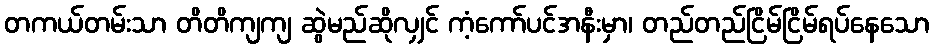
တကယ်တမ်းသာ တိတိကျကျ ဆွဲမည်ဆိုလျှင် ကံ့ကော်ပင်အနီးမှာ၊ တည်တည်ငြိမ်ငြိမ်ရပ်နေသော